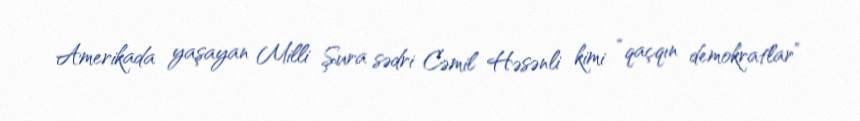
Amerikada yaşayan Milli Şura sədri Cəmil Həsənli kimi “qaçqın demokratlar”